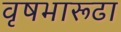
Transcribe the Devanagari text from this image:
वृषभारूढा